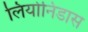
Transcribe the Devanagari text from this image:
लियोनिडास